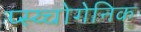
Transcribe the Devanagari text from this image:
प्स्य्चोगेनिक